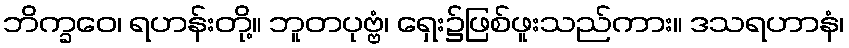
ဘိက္ခဝေ၊ ရဟန်းတို့။ ဘူတပုဗ္ဗံ၊ ရှေး၌ဖြစ်ဖူးသည်ကား။ ဒသရဟာနံ၊